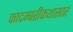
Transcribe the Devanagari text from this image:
कादम्बरीकथासार